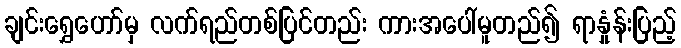
ချင်းရွှေဟော်မှ လက်ရည်တစ်ပြင်တည်း ကားအပေါ်မူတည်၍ ရာနှုံန်းပြည့်